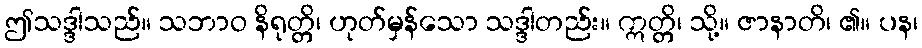
ဤသဒ္ဒါသည်။ သဘာဝ နိရုတ္တိ၊ ဟုတ်မှန်သော သဒ္ဒါတည်း။ ဣတ္တိ၊ သို့။ ဇာနာတိ၊ ၏။ ပန၊